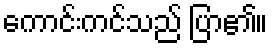
ကောင်းကင်သည် ပြာ၏။